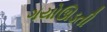
ગયોઊડતી